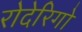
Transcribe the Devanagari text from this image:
रोदेरिगो